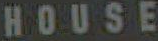
HOUSE